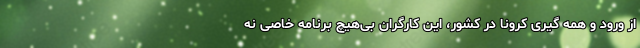
از ورود و همه گیری کرونا در کشور، این کارگران بی‌هیچ برنامه خاصی نه